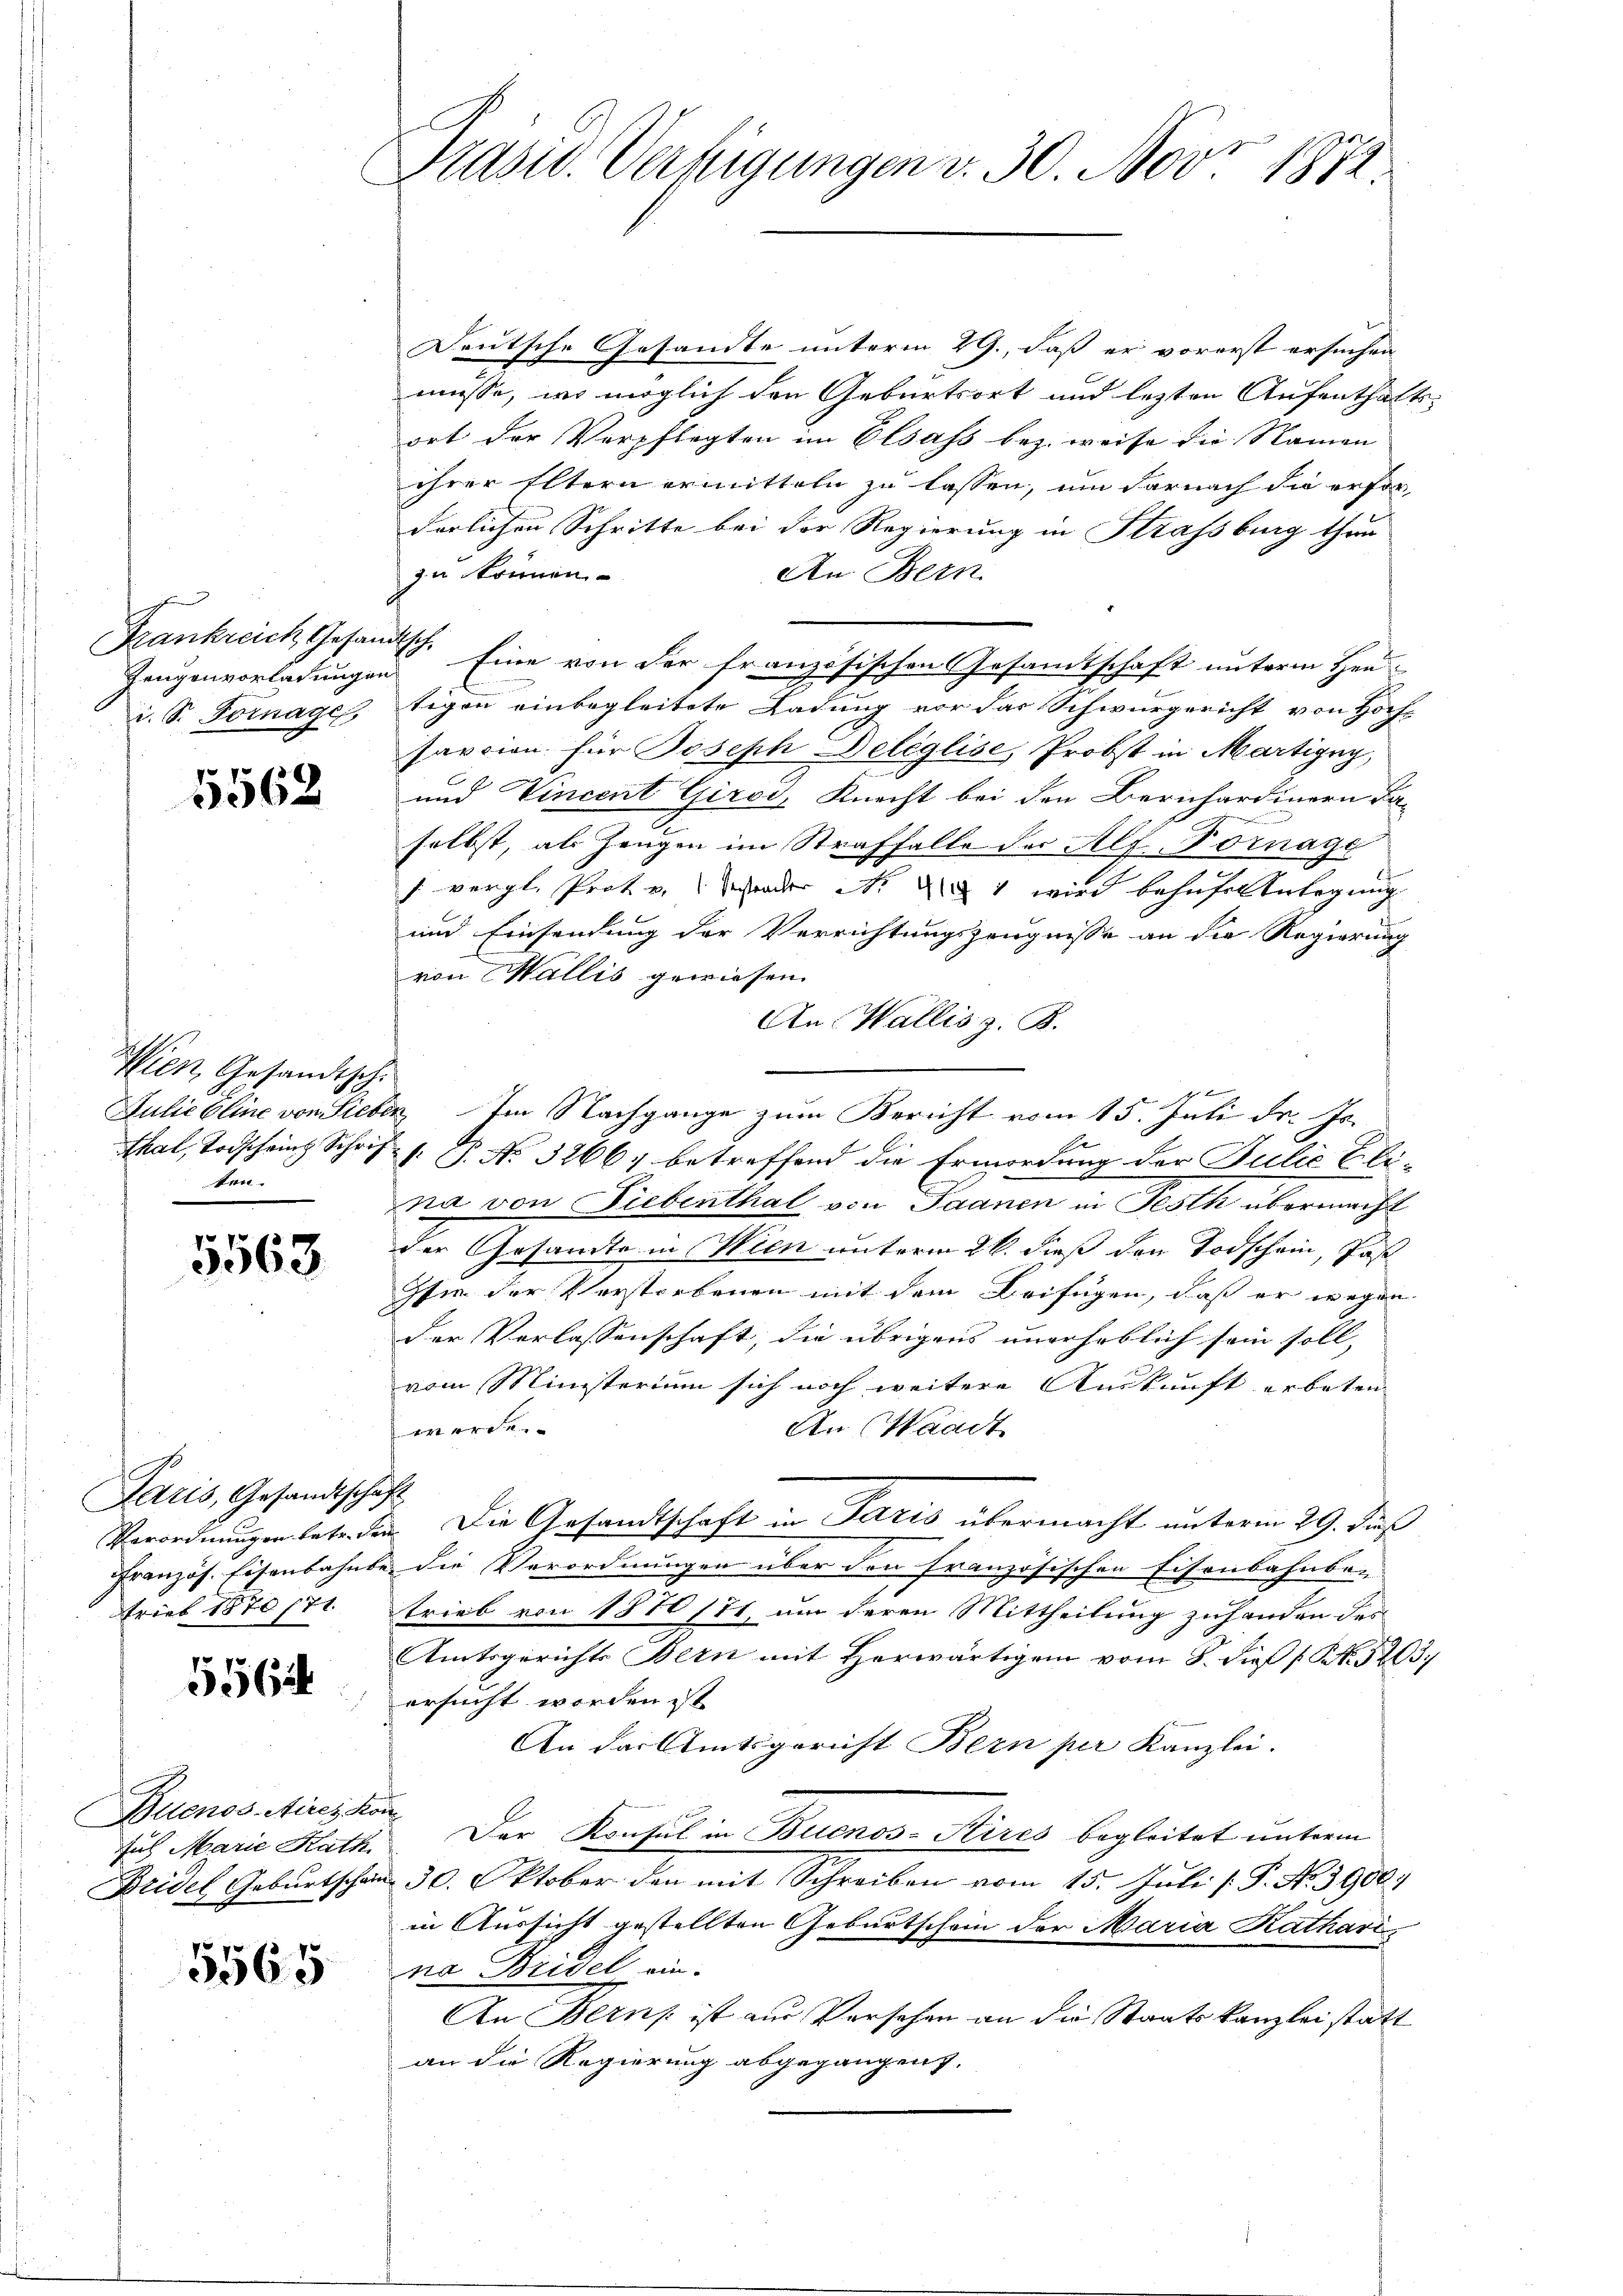
Zeugenvorladungen
i. S. Fornagel,

5568

Wien Gesandtsch
ten.

5563

Paris, Gesandtschaft
Trieb 1870/71.

556

Buenos Aires Kon
sus Marie Rath

5565

Präsid. Verfügungen v. 30. Nov. 1871.

Deutsche Gesandte unterm 29., daß er vorerst ersuchen
müsse, wo möglich den Geburtsort und lezten Aufenthaltsort der Verpflegten im Elsass bez. weise die Namen
ihrer Eltern ermitteln zu lassen, um darnach die erfor-
derlichen Schritte bei der Regierung in Strassburg thun
An Bern.
zu können.
Frankreich, Gesandtsch. Eine von der französischen Gesamtschaft unterm Hen
tigen einbegleitete Ladung vor das Schwurgericht von Hoch-
sarcion für Joseph Deléglise, Probst in Martigny,
und Vincent Giros, Knecht bei den Berichardinern daselbst, als Zeugen im Straffalle der Alf-Fornage
/. vergl. Prot u. der Nr. 1 wird behufel verlegung
und Einsendung der Verrichtungszeugnisse an die Regierung
von Wallis gewiesen.
An Wallis z. B.
im be
Juliebline von Sieber Im Nachgange zum Bericht vom 15. Juli d. Js.
Thal, Todschein Schrif v. P. No. 3266; betreffend die Ermordung der Julie Elina von Giebenthal von Saanen in Festh übermacht
der Gesandte in Wien unterm 26. dieß den Todschein, Past
Isie der Verstorbenen mit dem Beifügen, dass er wegen
der Verlassenschaft, die übrigens unerheblich sein soll,
vom Ministerium sich noch weitere Auskunft erbeten
werde.
An Waadt
Verordnungen betr.den. Die Gesandtschaft in Paris übermacht unterm 29. Dis
Französ. Eisenbahnte die Verordnungen über den französischen Eisenbahnbe-
trieb von 1870/71, um deren Mittheilung zuhanden des
Amtsgerichts Bern mit Herwärtigem vom 8. dieß P. Nr. 3263
ersucht worden ist
An der Amtsgericht Bern per Kanzlei.
Der Konsul in Buenos-Kires begleitet unterm
Bridel Geburtschein 30. Oktober den mit Schreiben vom 15. Juli [ P. No. 3900.
in Aussicht gestellten Geburtschein der Maria Katharina Beidel ein.
An Bern ist ein Versehen an die Staatskanzlei statt
an die Regierung abgegangen.